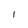
Character: 1